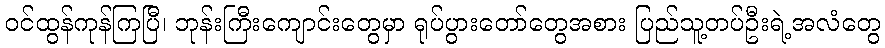
ဝင်ထွန်ကုန်ကြပြီ၊ ဘုန်းကြီးကျောင်းတွေမှာ ရုပ်ပွားတော်တွေအစား ပြည်သူ့တပ်ဦးရဲ့အလံတွေ